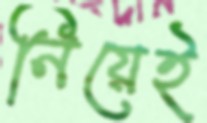
নিয়েই